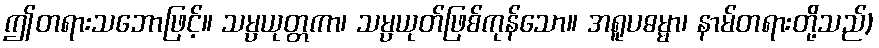
ဤတရားသဘောဖြင့်။ သမ္ပယုတ္တကာ၊ သမ္ပယုတ်ဖြစ်ကုန်သော။ အရူပဓမ္မာ၊ နာမ်တရားတို့သည်)